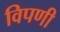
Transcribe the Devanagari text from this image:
विपणी